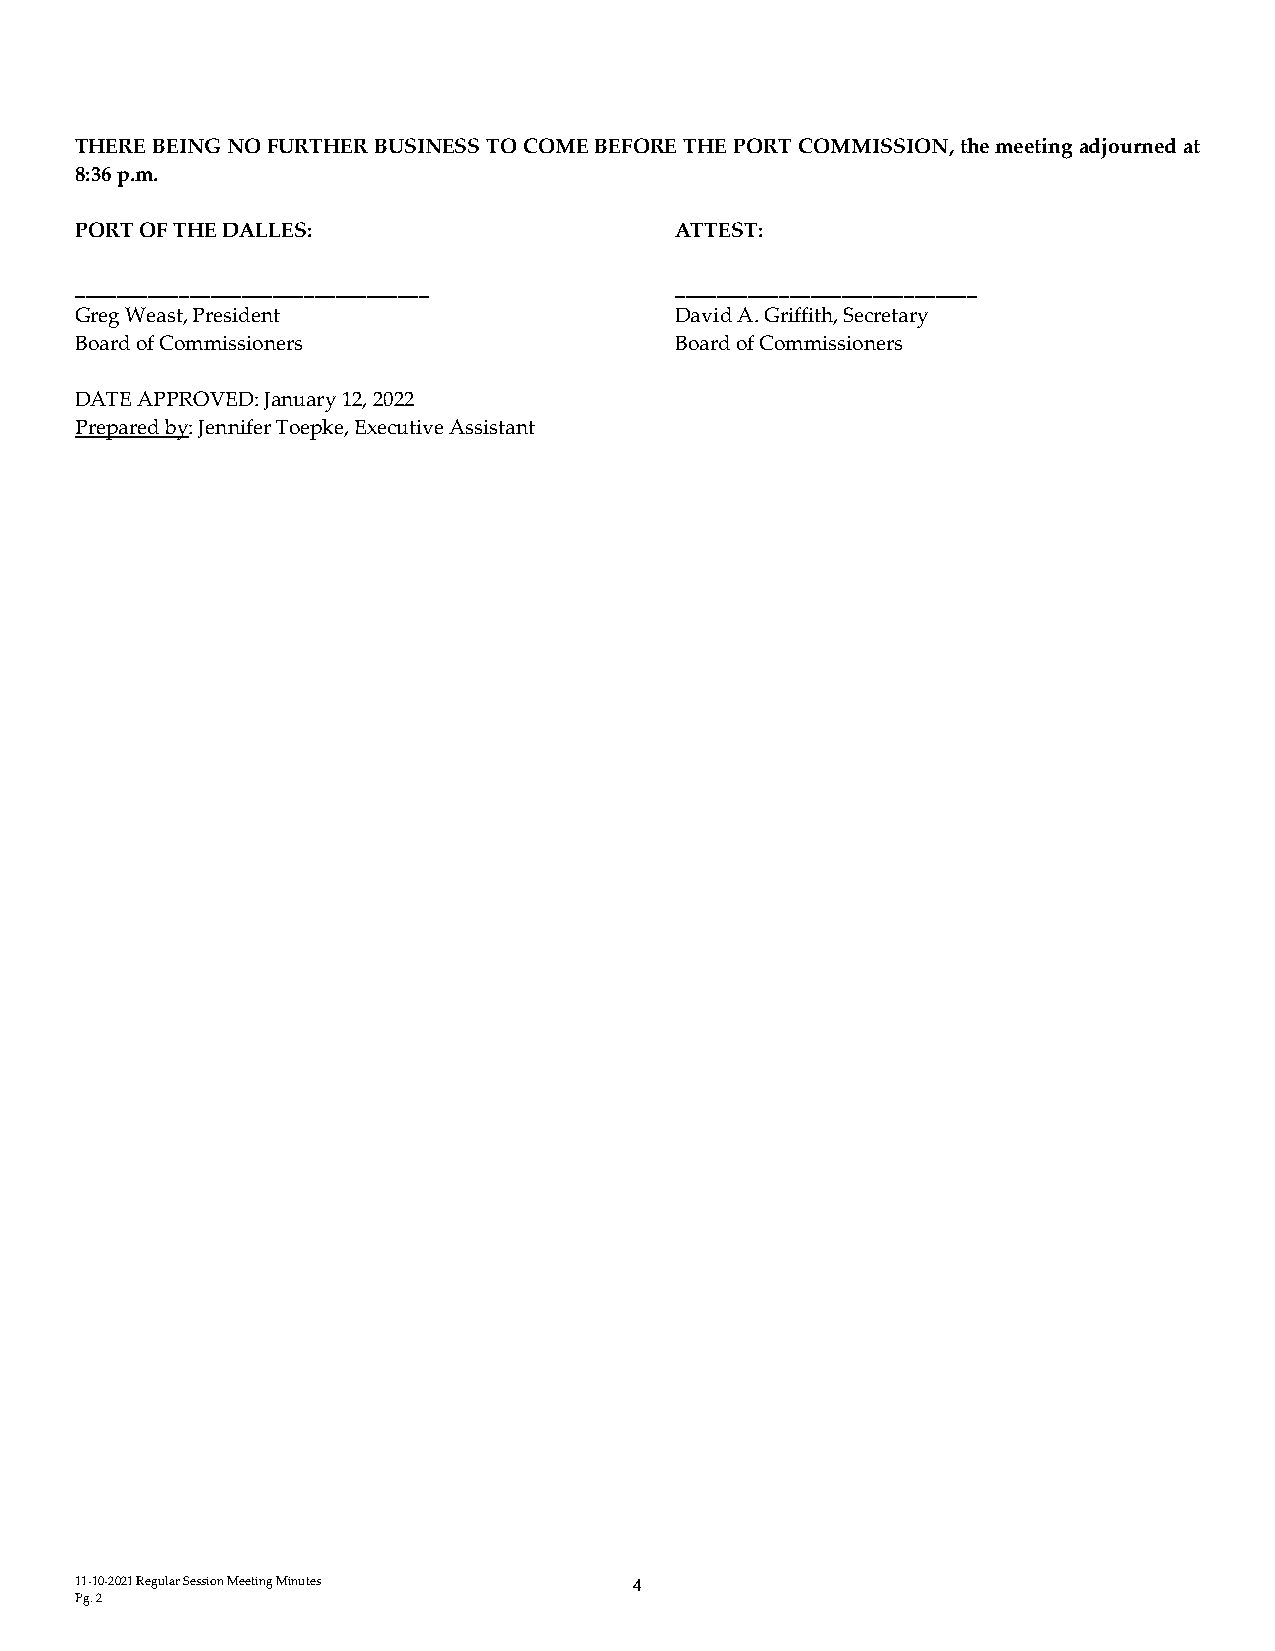
THERE BEING NO FURTHER BUSINESS TO COME BEFORE THE PORT COMMISSION, the meeting adjourned at
 8:36 p.m.
 PORT OF THE DALLES:                     ATTEST:
 __________________________________      _____________________________
 Greg Weast, President                   David A. Griffith, Secretary
 Board of Commissioners                  Board of Commissioners
 DATE APPROVED: January 12, 2022
 Prepared by: Jennifer Toepke, Executive Assistant
 11-10-2021 Regular Session Meeting Minutes 4
 Pg. 2